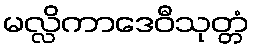
မလ္လိကာဒေဝီသုတ္တံ